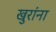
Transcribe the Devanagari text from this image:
खुरांना